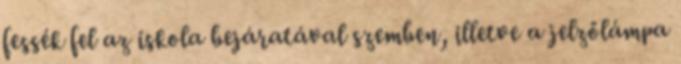
fessék fel az iskola bejáratával szemben, illetve a jelzőlámpa